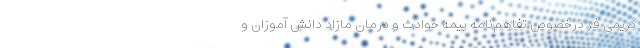
کریمی فر درخصوص تفاهم‌نامه بیمه حوادث و درمان مازاد دانش آموزان و